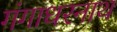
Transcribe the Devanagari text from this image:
गंगाधरनाथ